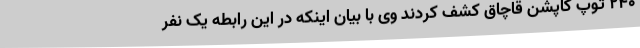
240 توپ کاپشن قاچاق کشف کردند وی با بیان اینکه در این رابطه یک نفر